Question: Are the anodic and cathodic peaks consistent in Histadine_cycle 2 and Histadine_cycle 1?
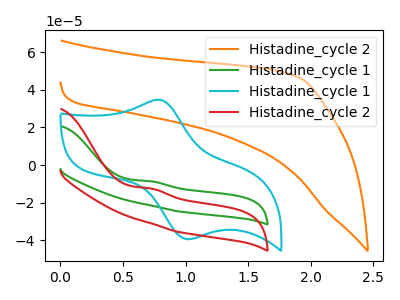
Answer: <think>The orange curve "Histadine_cycle 2" has no peaks. The green curve "Histadine_cycle 1" has an anodic peak at: (0.70V, -8.65uA). The cyan curve "Histadine_cycle 1" has an anodic peak at (0.80V, 34.65uA) and a cathodic peak at (1.05V, -39.35uA). The red curve "Histadine_cycle 2" has an anodic peak at: (0.70V, -12.45uA).</think>
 <answer>Yes, "Histadine_cycle 2" have a peak in "Histadine_cycle 1" at the same potential.</answer>
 <eval>match</eval>